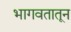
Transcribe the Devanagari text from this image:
भागवतातून